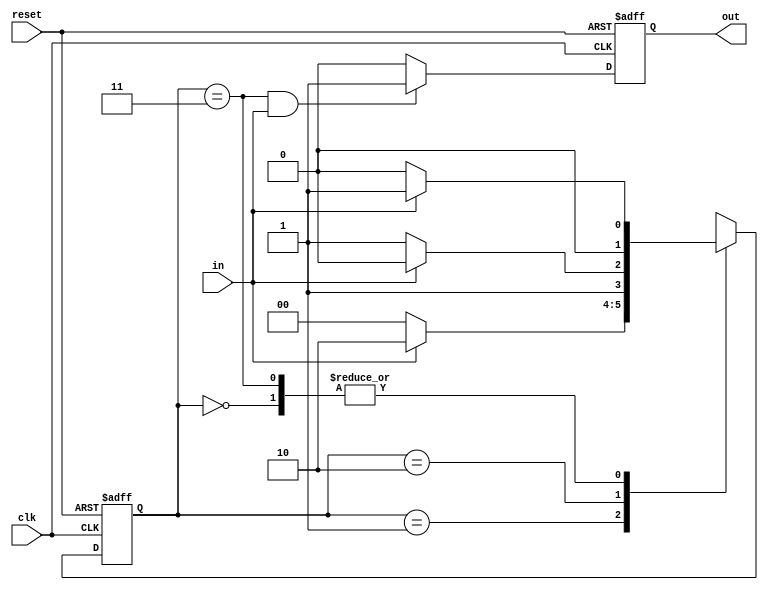
`timescale 1ns / 1ps
// this program detects 1101 overalapping sequence
module Sequence_Detector(in, reset, out, clk);

input in, reset, clk;
output reg out;

parameter s0 = 2'b00, s1 = 2'b01, s2 = 2'b10, s3 = 2'b11;

reg [1:0] state, next_state;

always @(posedge clk or posedge reset) begin

    if (reset) begin
        state <= s0;
    end
    
    else begin
        state <= next_state;
    end    

end

always @(posedge clk or posedge reset) begin

    if(reset) begin
        out <= 1'b0;
    end
    
    else begin
        out <= ((state == s3) && (in == 1))? 1'b1 : 1'b0;
    end

end

always @(in or state) begin

    case (state)
    
        s0 : next_state <= in ? s1:s0;
        
        s1 : next_state <= in ? s2:s0;
        
        s2 : next_state <= in ? s2:s3;
        
        s3 : next_state <= in ? s1:s0;
        
    endcase    
end
endmodule